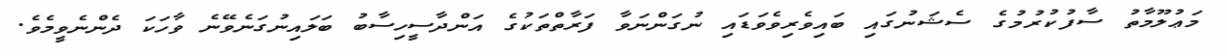
މަޢުލޫމާތު ސާފުކުރުމުގެ ސެޝަނުގައި ބައިވެރިވެވަޑައި ނުގަންނަވާ ފަރާތްތަކުގެ އަންދާސީހިސާބު ބަލައިނުގަނެވޭނެ ވާހަކަ ދެންނެވީމެވެ.